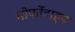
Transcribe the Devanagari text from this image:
मोर्फोटाइप